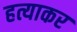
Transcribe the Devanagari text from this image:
हत्याकर